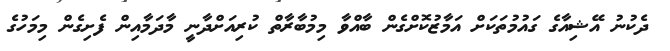
ދެކުުނު އޭޝިިއާގެ ގައުމުތަކަށް އަމާޒުކޮށްގެން ބާއްވާ މިމުބާރާތް ކުރިއަށްދާނީ މާދަމާއިން ފެށިގެން މިމަހުގެ